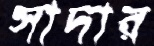
সাদার